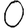
Digit: 0